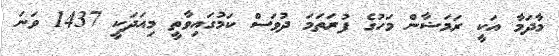
މާދަމާ އަކީ ރަމަޟާން މަހުގެ ފުރަތަމަ ދުވަސް ކަމުގައިވާތީ މިއަދަކީ 1437 ވަނަ